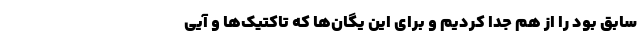
سابق بود را از هم جدا کردیم و برای این یگان‌ها که تاکتیک‌ها و آیی